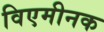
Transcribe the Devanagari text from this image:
विएमीनक